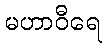
မဟာဝီရေ